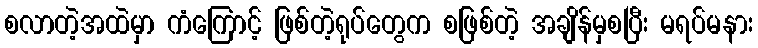
စလာတဲ့အထဲမှာ ကံကြောင့် ဖြစ်တဲ့ရုပ်တွေက စဖြစ်တဲ့ အချိန်မှစပြီး မရပ်မနား